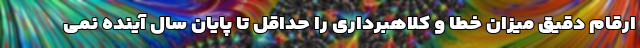
ارقام دقیق میزان خطا و کلاهبرداری را حداقل تا پایان سال آینده نمی